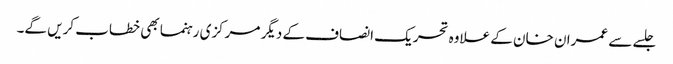
جلسے سے عمران خان کے علاوہ تحریک انصاف کے دیگر مرکزی رہنما بھی خطاب کریں گے۔